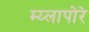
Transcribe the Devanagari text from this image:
म्य्लापोरे